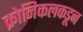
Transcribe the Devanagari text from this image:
क्रोनिकलकडून